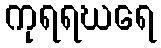
ကုရရဃရေ